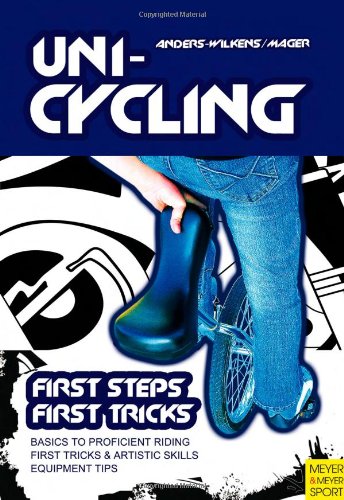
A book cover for Unicycling; Andreas Anders-Wilkens; Sports & Outdoors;